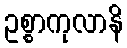
ဥစ္စာကုလာနိ